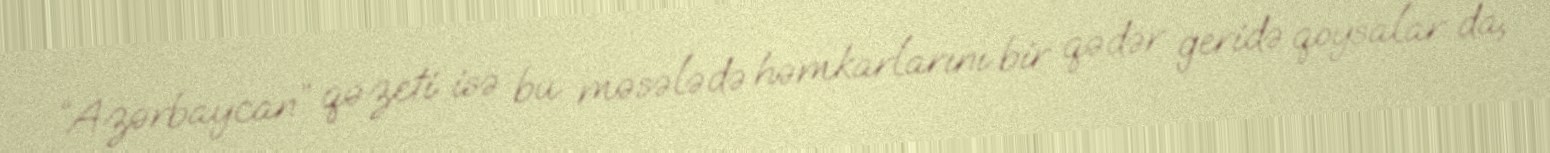
“Azərbaycan” qəzeti isə bu məsələdə həmkarlarını bir qədər geridə qoysalar da,